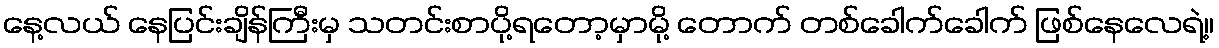
နေ့လယ် နေပြင်းချိန်ကြီးမှ သတင်းစာပို့ရတော့မှာမို့ တောက် တစ်ခေါက်ခေါက် ဖြစ်နေလေရဲ့။